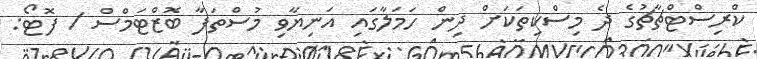
ކްރިސްޓްޗާޗުގެ ދެ މިސްކިތަކަށް ދިން ހަމަލާގައި އަނިޔާވި މުސްތަފާ ބޮޒްޓަމްސް / ފޮޓޯ: